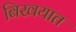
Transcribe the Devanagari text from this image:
बिखयात